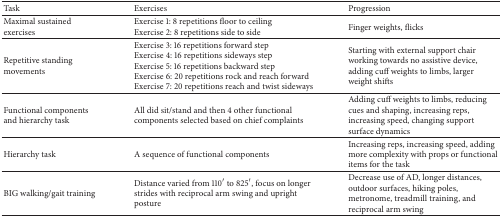
| Task | Exercises | Progression |
 | --- | --- | --- |
 | Maximal sustained exercises | Exercise 1: 8 repetitions floor to ceilingExercise 2: 8 repetitions side to side | Finger weights, flicks |
 | Repetitive standing movements | Exercise 3: 16 repetitions forward stepExercise 4: 16 repetitions sideways stepExercise 5: 16 repetitions backward stepExercise 6: 20 repetitions rock and reach forwardExercise 7: 20 repetitions reach and twist sideways | Starting with external support chair working towards no assistive device, adding cuff weights to limbs, larger weight shifts |
 | Functional components and hierarchy task | All did sit/stand and then 4 other functional components selected based on chief complaints | Adding cuff weights to limbs, reducing cues and shaping, increasing reps, increasing speed, changing support surface dynamics |
 | Hierarchy task | A sequence of functional components | Increasing reps, increasing speed, adding more complexity with props or functional items for the task |
 | BIG walking/gait training | Distance varied from 110′ to 825′, focus on longer strides with reciprocal arm swing and upright posture | Decrease use of AD, longer distances, outdoor surfaces, hiking poles, metronome, treadmill training, and reciprocal arm swing |